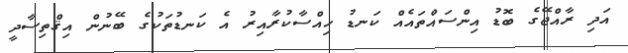
އަދި ރާއްޖޭގެ ބޮޑު އިންސައްތައެއް ކަނޑު ހިއްސާކުރާއިރު އެ ކަނޑުތަކުގެ ބޭނުން އިޤްތިސާދީ